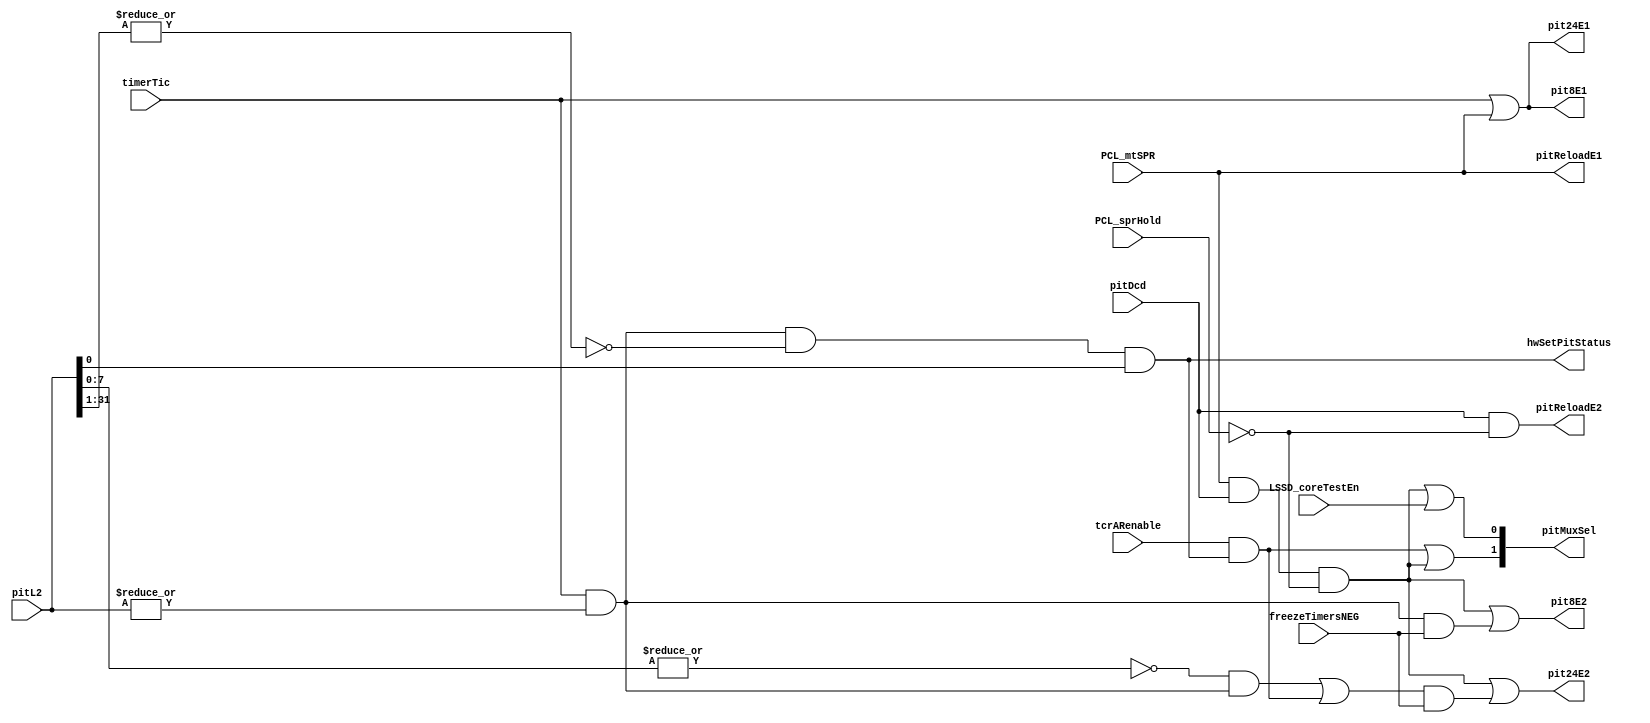
// 
// ************************************************************************** 
// 
//  Copyright (c) International Business Machines Corporation, 2005. 
// 
//  This file contains trade secrets and other proprietary and confidential 
//  information of International Business Machines Corporation which are 
//  protected by copyright and other intellectual property rights and shall 
//  not be reproduced, transferred to other documents, disclosed to others, 
//  or used for any purpose except as specifically authorized in writing by 
//  International Business Machines Corporation. This notice must be 
//  contained as part of this text at all times. 
// 
// ************************************************************************** 
//
module p405s_timerPitEqs (
                    pit8E1, 
                    pit8E2, 
                    pit24E1, 
                    pit24E2, 
                    pitReloadE1,
                    pitReloadE2, 
                    pitMuxSel, 
                    hwSetPitStatus,
                    PCL_mtSPR, 
                    PCL_sprHold, 
                    tcrARenable, 
                    pitDcd, 
                    timerTic, 
                    pitL2,
                    freezeTimersNEG, 
                    LSSD_coreTestEn
                    );
        
    output pit8E1;
    output pit8E2;
    output pit24E1;
    output pit24E2;
    output pitReloadE1;
    output pitReloadE2;
    output [0:1] pitMuxSel;
    output hwSetPitStatus;
    input [0:31] pitL2;
    input PCL_mtSPR;
    input PCL_sprHold;
    input pitDcd;
    input timerTic;
    input tcrARenable;
    input freezeTimersNEG;
    input LSSD_coreTestEn;

    wire pitTic;
    wire pitEqZero;
    wire reload;
    wire sprDataSel;
    wire borrow;
    wire hwSetPitStatus_i;

assign hwSetPitStatus = hwSetPitStatus_i;

assign pitTic = timerTic & ~pitEqZero;

assign pitEqZero = ~|pitL2;

// When pit[24:31] has a value of zero and pitTic comes along
// there will be a borrow from pit[0:23] and therefore pit[0:23]
// must be updated.

assign borrow = ~|pitL2[24:31] & pitTic;

// When pit has value of 1 and a pit tic comes along, set intrpt.
// Make this equation based off of the output of the latch
// rather than the input to the latch for better timing.

assign hwSetPitStatus_i = pitTic & (~|pitL2[0:30]) & pitL2[31];

assign sprDataSel = PCL_mtSPR & pitDcd & ~PCL_sprHold;

assign reload = tcrARenable & hwSetPitStatus_i;

assign pitMuxSel = {(reload | sprDataSel),(sprDataSel | LSSD_coreTestEn)};

assign pit8E1 = timerTic | PCL_mtSPR;

assign pit8E2 = (PCL_mtSPR & pitDcd & ~PCL_sprHold) | (pitTic & freezeTimersNEG);

assign pit24E1 = timerTic | PCL_mtSPR;

assign pit24E2 = (PCL_mtSPR & pitDcd & ~PCL_sprHold) | ((borrow | reload) &
      freezeTimersNEG);

assign pitReloadE1 = PCL_mtSPR;

assign pitReloadE2 = (pitDcd & ~PCL_sprHold);

endmodule